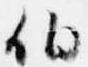
伯